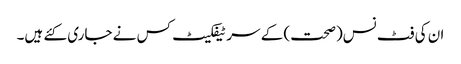
ان کی فٹ نس(صحت) کے سر ٹیفکیٹ کس نے جاری کئے ہیں۔